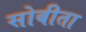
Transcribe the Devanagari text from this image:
सोबीता